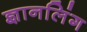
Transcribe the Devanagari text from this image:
ज्ञानलिंग